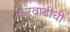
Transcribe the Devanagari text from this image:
करवाढीची